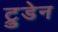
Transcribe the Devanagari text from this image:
ट्रुडेन